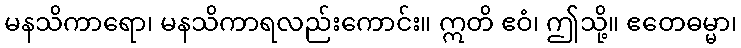
မနသိကာရော၊ မနသိကာရလည်းကောင်း။ ဣတိ ဧဝံ၊ ဤသို့။ ဧတေဓမ္မာ၊